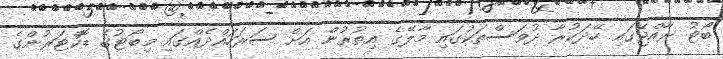
ބޯޓު ރާއްޖޭގައި ހޭދަކުރާ ދުވަސްތަކުގައި މާލޭގެ އިތުރުން އަށް ސަރަހައްދެއްގައި މިބޯޓުގެ ޑޮކްޓަރުންގެ